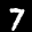
Label: 7